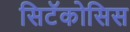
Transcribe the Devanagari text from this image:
सिटॅकोसिस